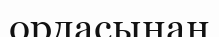
ордасынан